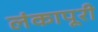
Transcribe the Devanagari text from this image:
लंकापूरी